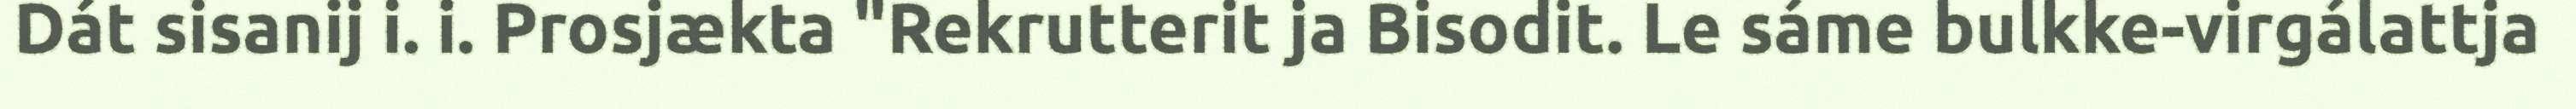
Dát sisanij i. i. Prosjækta "Rekrutterit ja Bisodit. Le sáme bulkke-virgálattja